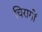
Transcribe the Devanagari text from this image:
चिरागों